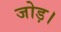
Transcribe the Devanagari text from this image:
जोड़।